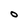
Character: O